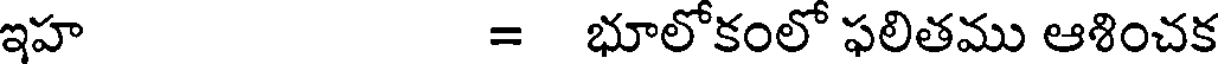
ఇహ = భూలోకంలో ఫలితము ఆశించక